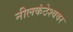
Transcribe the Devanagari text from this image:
नीलकंठेश्‍ववर